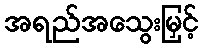
အရည်အသွေးမြှင့်